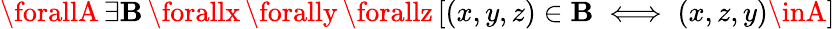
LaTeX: \forallA\, \exists\mathbf{B}\, \forallx\, \forally\, \forallz\, [(x,y,z)\in\mathbf{B}\iff(x,z,y)\inA]